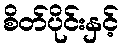
စိတ်ပိုင်းနှင့်